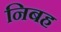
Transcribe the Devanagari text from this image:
निबह